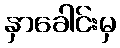
နှာခေါင်းမှ